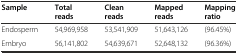
| Sample | Total reads | Clean reads | Mapped reads | Mapping ratio |
 | --- | --- | --- | --- | --- |
 | Endosperm | 54,969,958 | 53,541,909 | 51,643,126 | (96.45%) |
 | Embryo | 56,141,802 | 54,639,671 | 52,648,132 | (96.36%) |